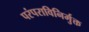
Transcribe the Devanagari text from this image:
परंपराविनिर्मुक्त